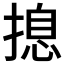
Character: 𱠢